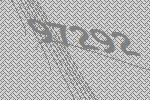
97292